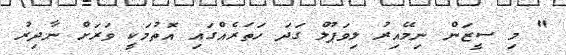
" މި ސީޒަން ނިމޭއިރު ލިވަޕޫލް ގަދަ ހަތަރެއްގައި އޮތުމަކީ ވަރަށް ނާދިރު